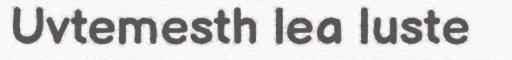
Uvtemesth lea luste